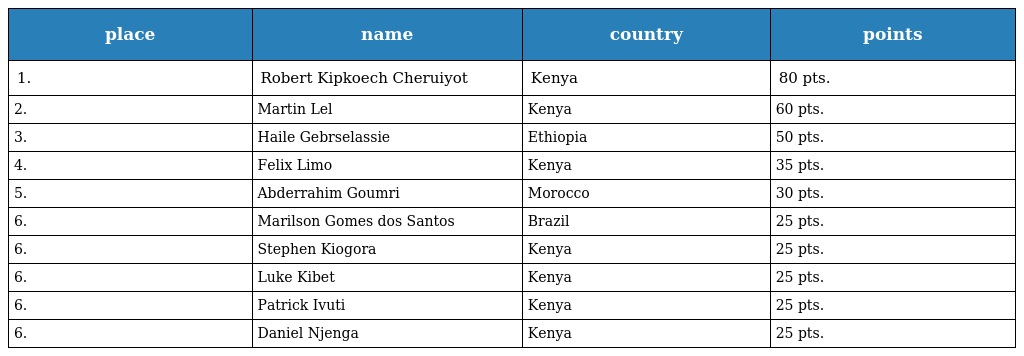
| place | name | country | points |
 | --- | --- | --- | --- |
 | 1. | Robert Kipkoech Cheruiyot | Kenya | 80 pts. |
 | 2. | Martin Lel | Kenya | 60 pts. |
 | 3. | Haile Gebrselassie | Ethiopia | 50 pts. |
 | 4. | Felix Limo | Kenya | 35 pts. |
 | 5. | Abderrahim Goumri | Morocco | 30 pts. |
 | 6. | Marilson Gomes dos Santos | Brazil | 25 pts. |
 | 6. | Stephen Kiogora | Kenya | 25 pts. |
 | 6. | Luke Kibet | Kenya | 25 pts. |
 | 6. | Patrick Ivuti | Kenya | 25 pts. |
 | 6. | Daniel Njenga | Kenya | 25 pts. |